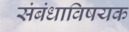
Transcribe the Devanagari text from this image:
संबंधाविषयक